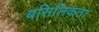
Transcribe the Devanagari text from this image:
बसिलिकता